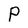
Character: P